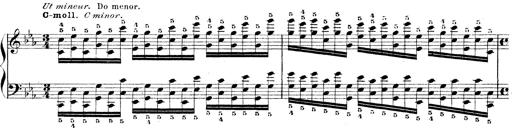
Title: Technische Studien
Composer: Franz Liszt